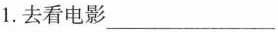
1.去看电影___